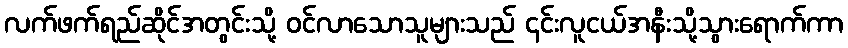
လက်ဖက်ရည်ဆိုင်အတွင်းသို့ ဝင်လာသောသူများသည် ၎င်းလူငယ်အနီးသို့သွားရောက်ကာ